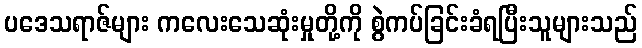
ပဒေသရာဇ်များ ကလေးသေဆုံးမှုတို့ကို စွဲကပ်ခြင်းခံရပြီးသူများသည်